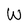
Character: W